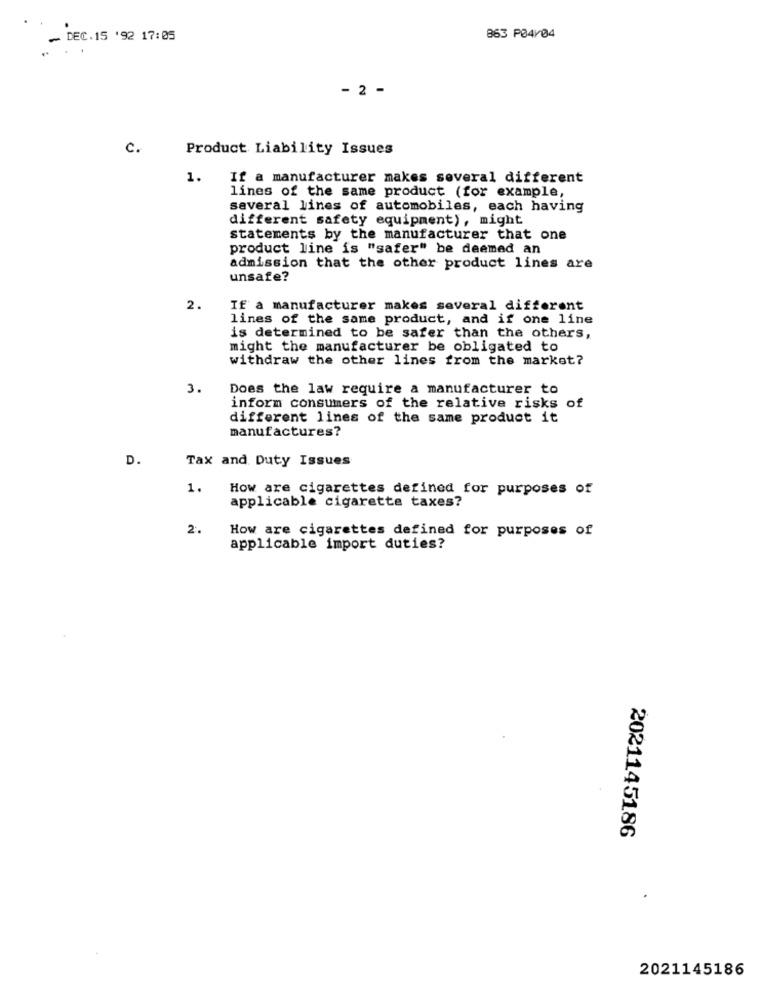
DEC. 15 '92 17:05
863 P04/04
- 2 -
C.
Product Liability Issues
1.
If a manufacturer makes several different
lines of the same product (for example,
several lines of automobiles, each having
different safety equipment), might
statements by the manufacturer that one
product line is "safer" be deemed an
admission that the other product lines are
unsafe?
2.
If a manufacturer makes several different
lines of the same product, and if one line
is determined to be safer than the others,
might the manufacturer be obligated to
withdraw the other lines from the market?
3.
Does the law require a manufacturer to
inform consumers of the relative risks of
different lines of the same product it
manufactures?
D.
Tax and Duty Issues
1.
How are cigarettes defined for purposes of
applicable cigarette taxes?
2.
How are cigarettes defined for purposes of
applicable import duties?
2021145186
2021145186